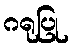
ဂရုပြု